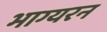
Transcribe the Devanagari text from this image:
भाग्यरन